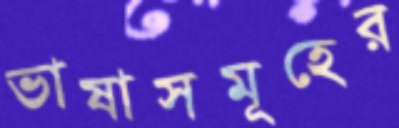
ভাষাসমূহের